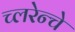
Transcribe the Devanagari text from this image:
च्लरेन्चे